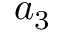
a _ { 3 }